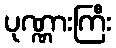
ပုဏ္ဏားကြီး